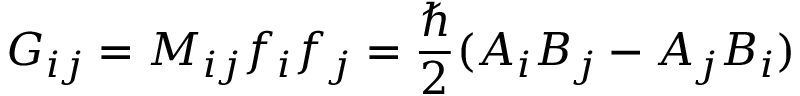
G _ { i j } = M _ { i j } f _ { i } f _ { j } = \frac { \hbar } { 2 } ( A _ { i } B _ { j } - A _ { j } B _ { i } )